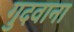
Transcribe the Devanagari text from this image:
गुदवाना